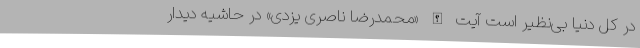
در کل دنیا بی‌نظیر است آیت الله «محمدرضا ناصری یزدی» در حاشیه دیدار